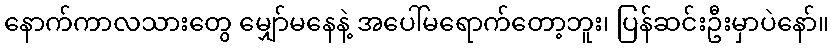
နောက်ကာလသားတွေ မျှော်မနေနဲ့ အပေါ်မရောက်တော့ဘူး၊ ပြန်ဆင်းဦးမှာပဲနော်။